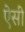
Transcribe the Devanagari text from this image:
एेसी